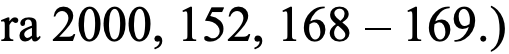
ra 2000, 152, 168 – 169.)